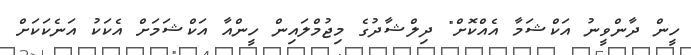
ހީން ދާންވީނު އަކްޝަމާ އެއްކޮށް" ދިލްޝާދުގެ މިޖުމްލައިން ހީންއާ އަކްޝަމަށް އެކަކު އަނެކަކަށް